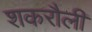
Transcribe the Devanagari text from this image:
शकरौली